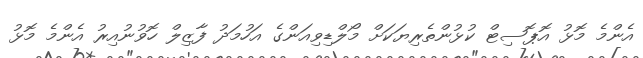
އެންމެ މޮޅު އޮޕޮސިޓް ކުޅުންތެރިޔަކަށް މޯލްޑިވިއަންގެ އަހުމަދު ފާޒިލް ހޮވުނުއިރު އެންމެ މޮޅު